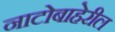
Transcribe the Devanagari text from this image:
नाटोबाहेरील